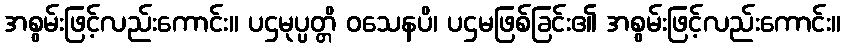
အစွမ်းဖြင့်လည်းကောင်း။ ပဌမုပ္ပတ္တိ ဝသေနပိ၊ ပဌမဖြစ်ခြင်း၏ အစွမ်းဖြင့်လည်းကောင်း။